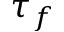
\tau _ { f }